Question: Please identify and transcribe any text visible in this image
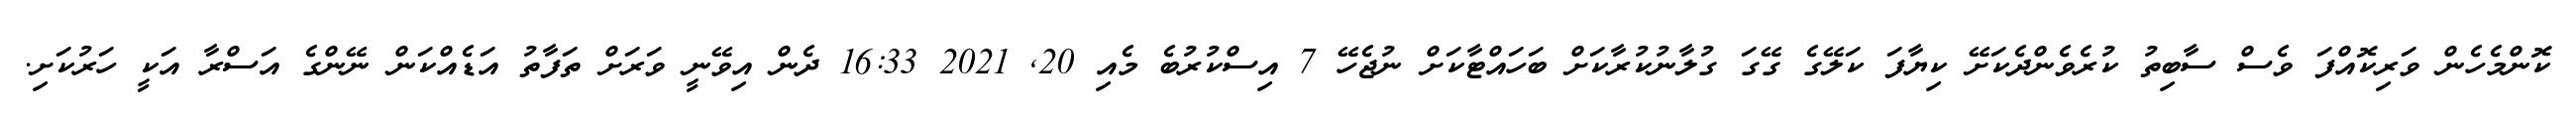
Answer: ކޮންމެހެން ވަރިކޮއްފަ ވެސް ސާބިތު ކުރެވެންދެކަށޭ ކިޔާފަ ކަލޭގެ ގޭގަ ގުލާނުކުރާކަށް ބަހައްޓާކަށް ނުޖެހޭ 7 އިސްކުރުބެ މެއި 20, 2021 16:33 ދެން އިވޭނީ ވަރަށް ތަފާތު އަޑެއްކަން ނޭންގެ އަސްރާ އަކީ ހަރުކަށި.